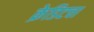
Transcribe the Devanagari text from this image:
क्रेडिटचा